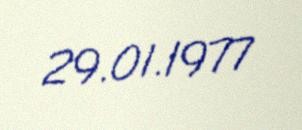
29.01.1977